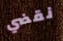
نقضي